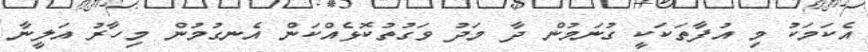
އެކަމަކު މި އުފާތަކަކީ ގުނަމުން ދާ މަދު ވަގުތުކޮޅެއްކަން އެނގުމުން މިހާރު އަލީނާ